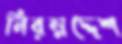
নিরম্নদ্দেশ